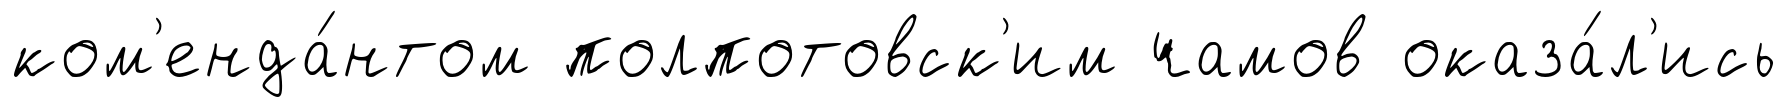
ком'енда́нтом полпотовск'им чамов оказа́л'ись